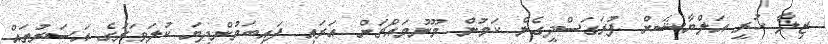
ޒިލާ ހުރީ އަލްޔާޝަށް ފުރަގަސްދީގެން ކަމުން މޫނުމައްޗަށް އަރައި ފައިބަމުންދިޔަ ކުލަވަރުގެ އަސަރުތައް